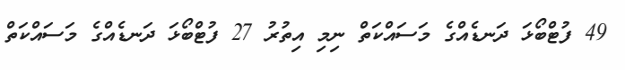
49 ފުޓްބޯޅަ ދަނޑެއްގެ މަސައްކަތް ނިމި އިތުރު 27 ފުޓްބޯޅަ ދަނޑެއްގެ މަސައްކަތް